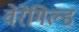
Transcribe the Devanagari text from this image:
वेरेगिल्ड